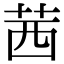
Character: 茜